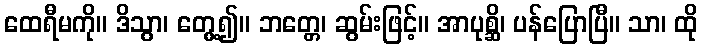
ထေရီမကို။ ဒိသွာ၊ တွေ့၍။ ဘတ္တေ၊ ဆွမ်းဖြင့်။ အာပုစ္ဆိ၊ ပန်ပြောပြီ။ သာ၊ ထို